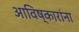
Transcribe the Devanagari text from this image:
आविष्कारांना